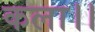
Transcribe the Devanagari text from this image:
कला।।